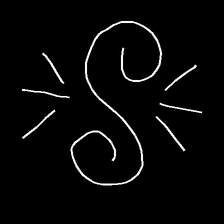
Glyph: wind-directs-air